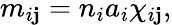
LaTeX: m_{i\mathbf{j}}=n_{i}a_{i}\chi_{i\mathbf{j}},